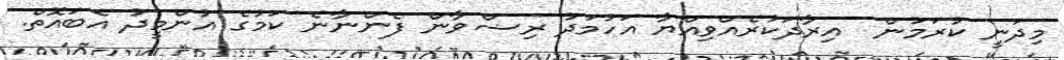
މިދަނީ ކުރަމުން  އިރާދަކުރެއްވިއްޔާ އަހުމަދު ރިޟްވާން ފެންނާނެ ކަމުގެ އުންމީދު އެބައޮތް.